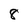
Character: 8